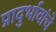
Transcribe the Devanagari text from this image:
प्रादुर्भावांचे